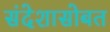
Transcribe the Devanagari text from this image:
संदेशासोबत